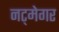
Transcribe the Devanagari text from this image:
नट्मेगर